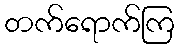
တက်ရောက်ကြ